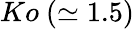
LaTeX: Ko\ (\simeq 1.5)